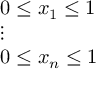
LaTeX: \displaystyle { \begin{array} { l } { 0 \leq x _ { 1 } \leq 1 } \\ { \vdots } \\ { 0 \leq x _ { n } \leq 1 } \end{array} }